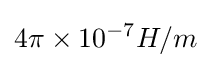
4\pi \times 10^{-7}H/m